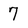
Character: 7